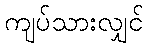
ကျပ်သားလျှင်